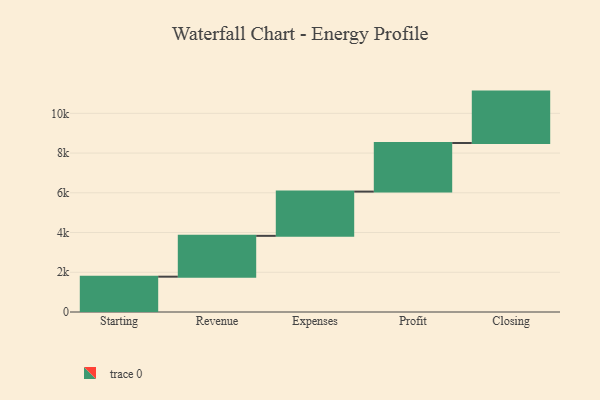
{"axis": {"x": "Step", "y": "Value"}, "legend": [""], "data": [{"x": "Starting", "y": 1778.0, "type": ""}, {"x": "Revenue", "y": 2055.0, "type": ""}, {"x": "Expenses", "y": 2228.0, "type": ""}, {"x": "Profit", "y": 2447.0, "type": ""}, {"x": "Closing", "y": 2586.0, "type": ""}]}